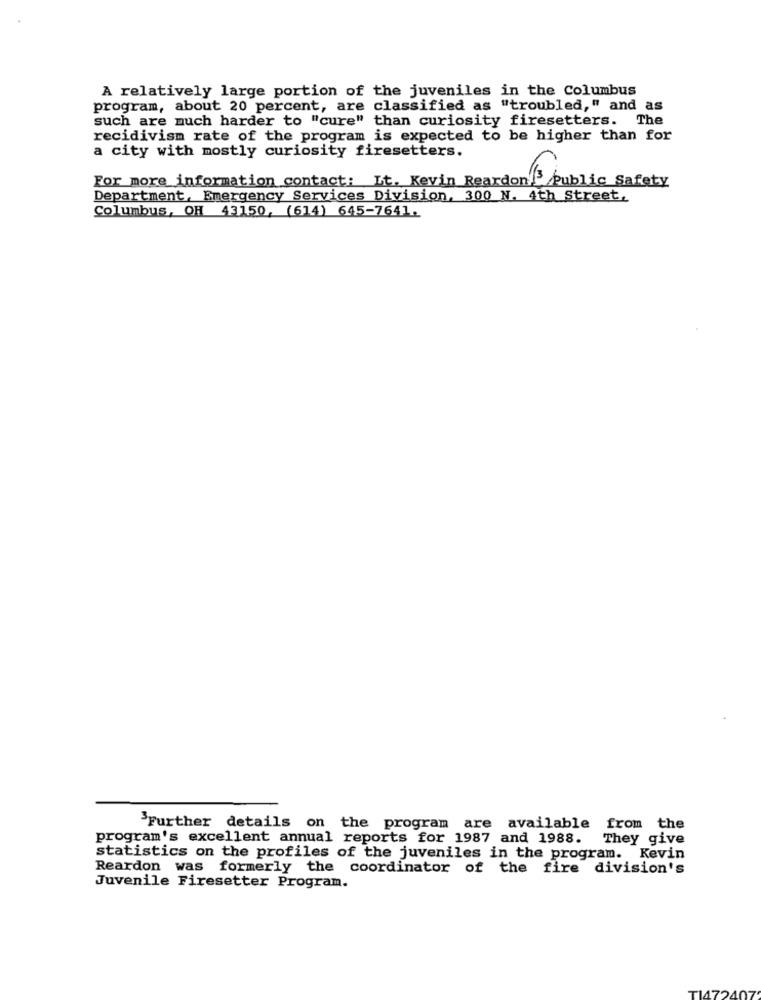
A relatively large portion of the juveniles in the Columbus
program, about 20 percent, are classified as "troubled," and as
such are much harder to "cure" than curiosity firesetters. The
recidivism rate of the program is expected to be higher than for
a city with mostly curiosity firesetters.
For more information contact: It. Kevin Reardon 3 Public Safety
Department, Emergency Services Division, 300 N. 4th Street.
Columbus, OH 43150, (614) 645-7641.
3Further details on the program are available from the
program's excellent annual reports for 1987 and 1988. They give
statistics on the profiles of the juveniles in the program. Kevin
Reardon was formerly the coordinator of the fire division's
Juvenile Firesetter Program.
175